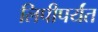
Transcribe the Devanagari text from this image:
लिपीपर्यंत